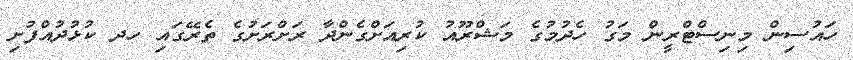
ހައުސިން މިނިސްޓްރީން މަގު ހެދުމުގެ މަޝްރޫއު ކުރިއަށްގެންދާ ރަށްރަށުގެ ތެރޭގައި ހދ ކުޅުދުއްފުށި